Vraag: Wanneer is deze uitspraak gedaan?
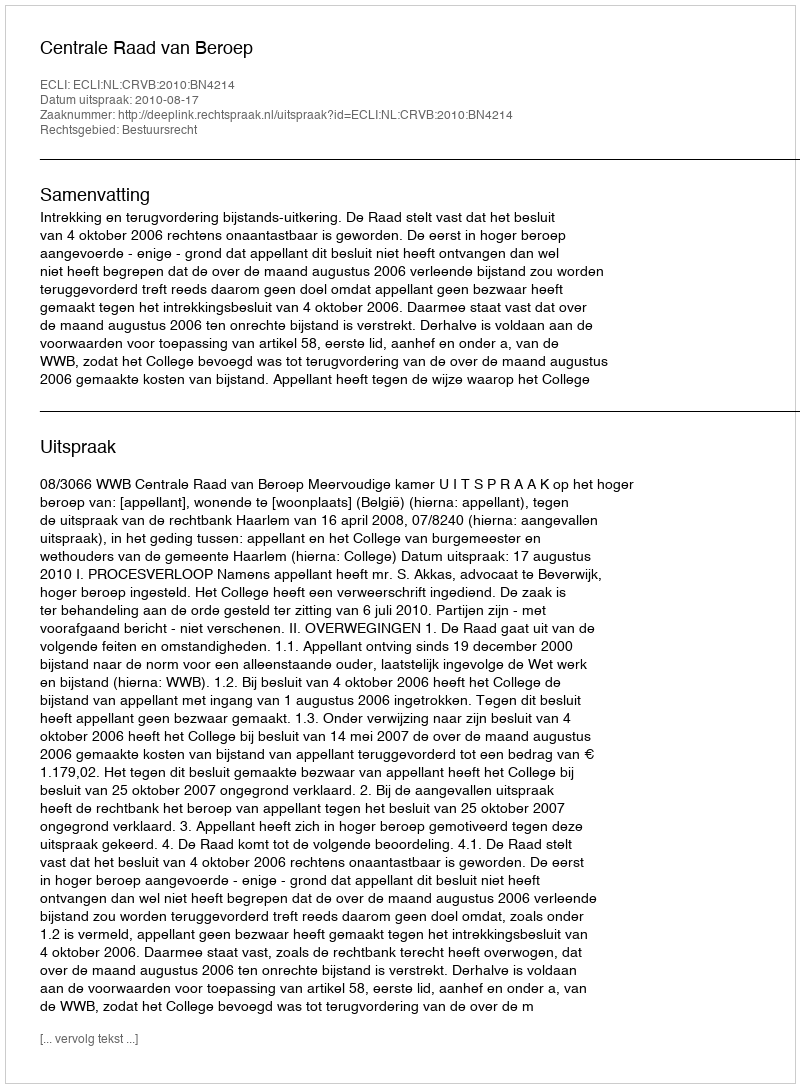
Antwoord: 2010-08-17